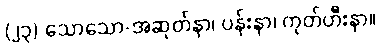
(၂၃) သောသော-အဆုတ်နာ၊ ပန်းနာ၊ ကုတ်ဟီးနာ။